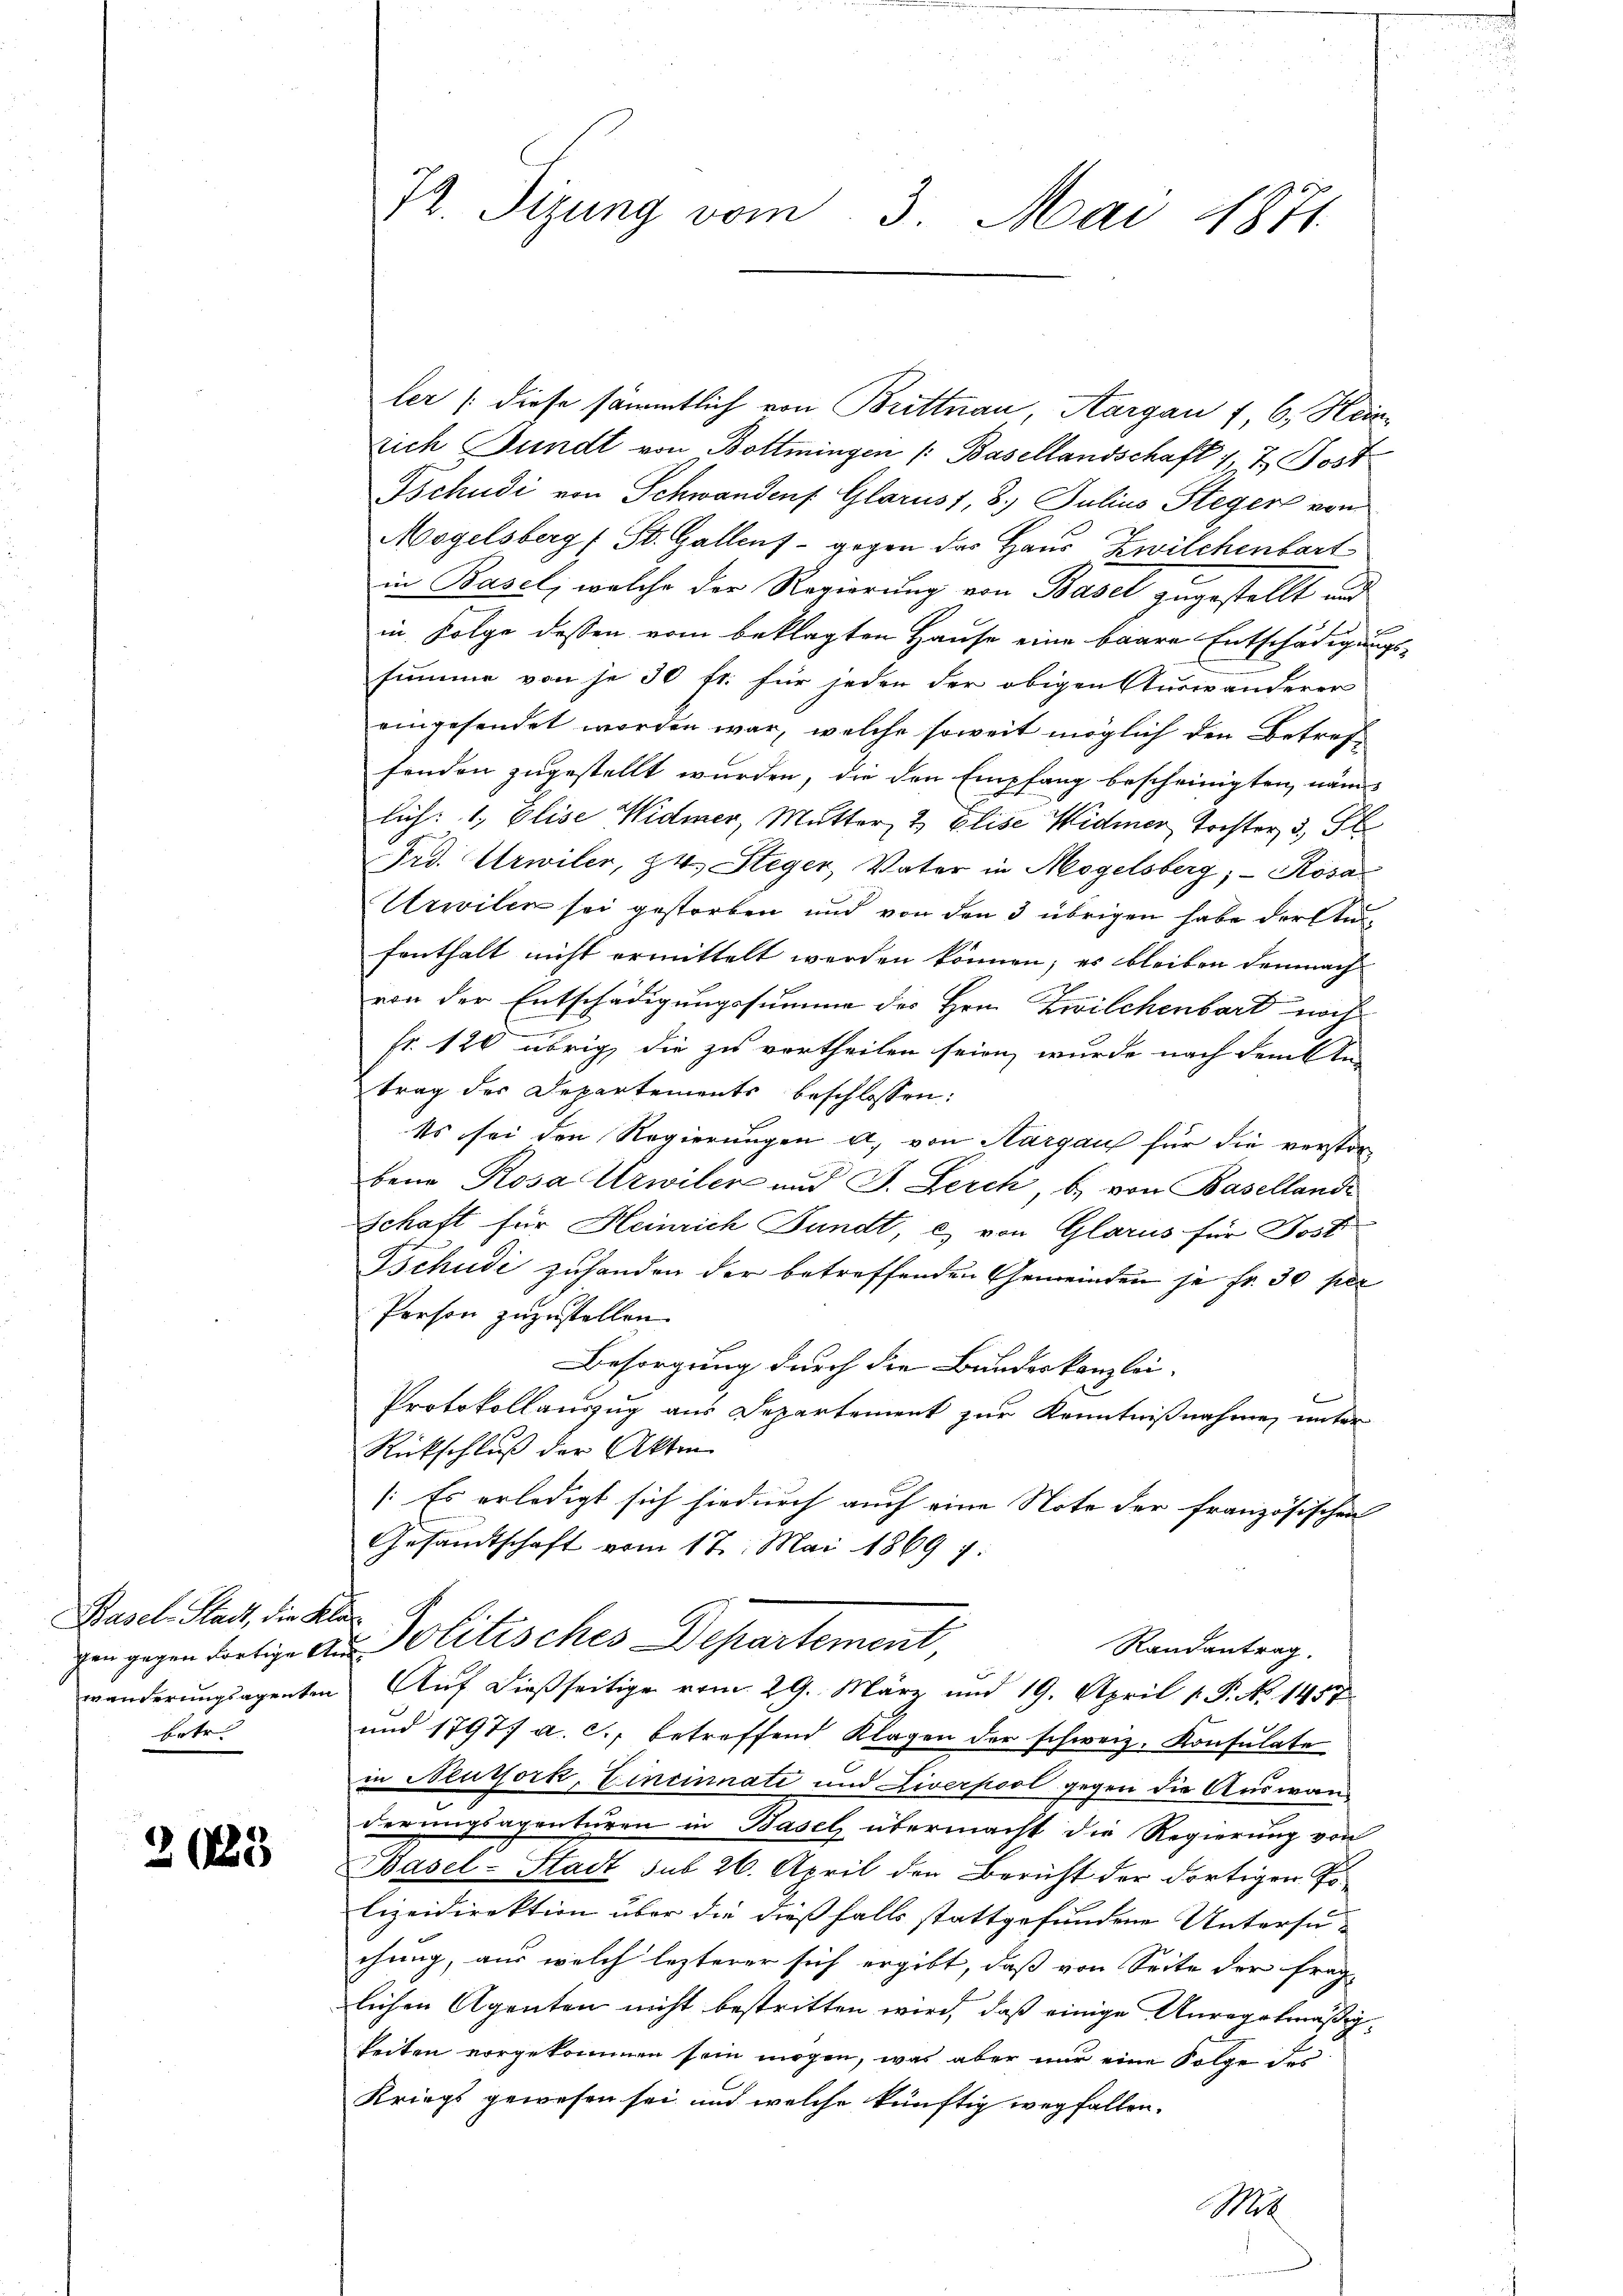
Basel-Stadt, die Kla
gen gegen dortige Anwänderungsagenten
betr

2623

E

ler (diese sämmtlich von Brittnau, Aargau f 6. Heinrich Fundt von Bottmingen /: Basellandschaft 17. Jost
Tschudi von Schwanden Glarus, 8. Julius Steger vom
Mogelsberg (St. Gallens - gegen das Haus Zwilchenbart
in Basel, welche der Regierung von Basel zugestellt und
in Folge dessen vom beklagten Hause eine baare Entschädigungs
summe von je 50 fr. für jeden der obigen Auswanderer
eingesendet worden war, welche soweit möglich den Betreffenden zugestellt wurden, die den Empfang bescheinigten näm-
lich: 1., Elise Widmer, Mutter, 2 Elise Widmer, Tochter 3, St
Frd. Urwiler, 24. Steger, Vater in Mogelsberg; - Rosa
Urwilen sei gestorben und von den 3 übrigen habe der Anfenthalt nicht ermittelt werden können; es bleiben demnach
von der Entschädigungssumme des Hrn. Zwilchenbart noch
fr. 120 übrig, die zu vortheilen seien, wurde nach dem An-
trag des Departements beschlossen:
Es sei den Regierungen a., von Aargau für die verstor-
bene Rosa Urwiler und J. Lerch, b.) von Basellande
Schaft für Heinrich Bundt, c) von Glarus für Post
Tschudi zuhanden der betreffenden Gemeinden je Fr. 30 per
Person zuzustellen.
Besorgung durch die Bundeskanzlei-
Protokollauszug aus Departement zur Kenntnißnahme unter
Rückschluß der Akten
(Es erledigt sich hiedurch auch eine Note der französischen
Gesandtschaft vom 17. Mai 1869 7:
.
Jolitisches Departement
Randantrag.
Auf dießseitige vom 29. März und 19. April 1. P. No 1457
und 1797. a. c., betreffend Klagen der schweiz. Konsulate
in Neuthork, Cincinnate und Liverpool gegen die Auswanderungsagenturen in Basel übermacht die Regierung von
Basel-Stadt sub 26. April den Bericht der dortigen Jolizeidirektion über die dießfalls stattgefundene Untersuchung, aus welch lezterer sich ergibt, daß von Seite der frag-
lichen Agenten nicht bestritten wird, daß einige Unregelmäßigkeiten vorgekommen sein mögen, was aber nur eine Folge der
Kriegs gewesen sei und welche künftig wegfallen.

Pr. Sizung vom 3. Mai 1871.

Mit